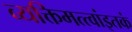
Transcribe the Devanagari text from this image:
व्यक्तिमत्त्वांइतकं